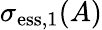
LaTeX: \sigma_{\mathrm{ess},1}(A)